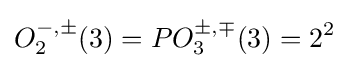
O_{2}^{-,\pm }(3)=PO_{3}^{\pm ,\mp }(3)=2^{2}